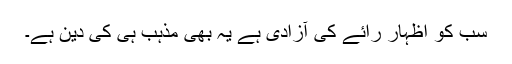
سب کو اظہار رائے کی آزادی ہے یہ بھی مذہب ہی کی دین ہے۔